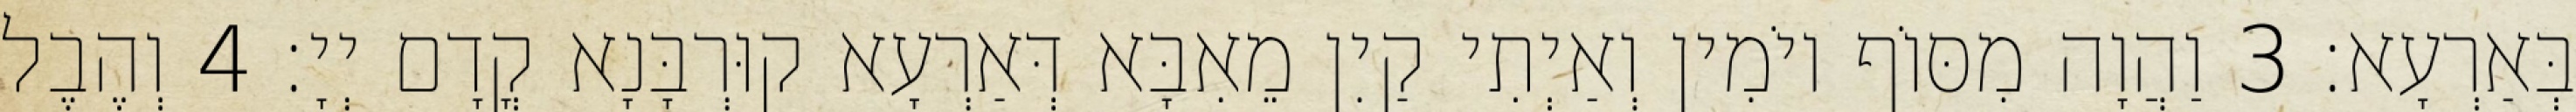
בְּאַרְעָא׃ 3 וַהֲוָה מִסּוֹף יוֹמִין וְאַיְתִי קַיִן מֵאִבָּא דְּאַרְעָא קוּרְבָּנָא קֳדָם יְיָ׃ 4 וְהֶבֶל